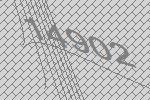
14902